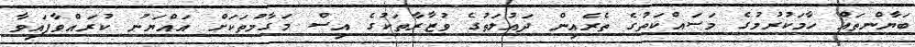
ބަޔާންތައް ހާމަކުރުމުގެ މަސައްކަތުގެ ތެރެއިން ދައުލަތުގެ ވުޒާރާތަކުގެ އިސް މަގާމުތަކަށް އައްޔަނު ކުރައްވާފައިވާ